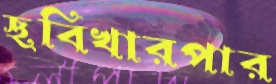
ছবিখারপার